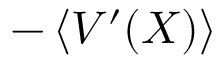
- \left\langle V ^ { \prime } ( X ) \right\rangle